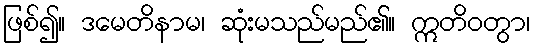
ဖြစ်၍။ ဒမေတိနာမ၊ ဆုံးမသည်မည်၏။ ဣတိဝတွာ၊